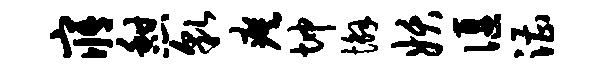
寤憩貌瘼坤懈妖偃漕